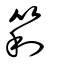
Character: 筣